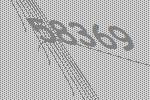
58369